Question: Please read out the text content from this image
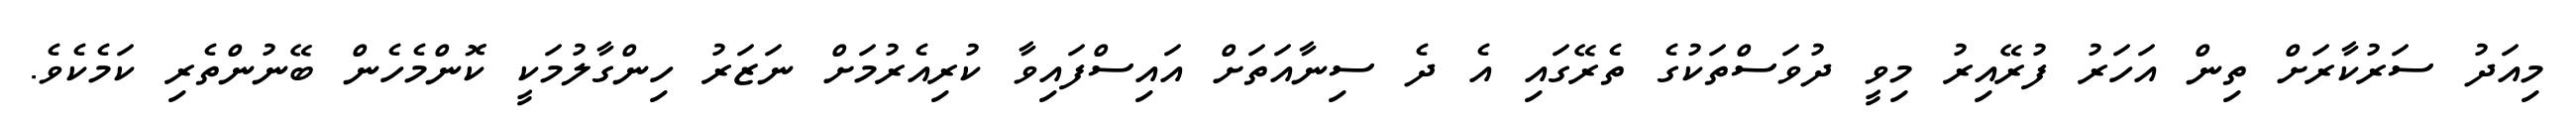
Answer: މިއަދު ސަރުކާރަށް ތިން އަހަރު ފުރޭއިރު މިވީ ދުވަސްތަކުގެ ތެރޭގައި އެ ދެ ސިނާއަތަށް އައިސްފައިވާ ކުރިއެރުމަށް ނަޒަރު ހިންގާލުމަކީ ކޮންމެހެން ބޭނުންތެރި ކަމެކެވެ.